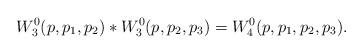
LaTeX: \begin{align*}W^0_3(p,p_1,p_2)\ast W^0_3(p,p_2,p_3)=W^0_4(p,p_1,p_2,p_3).\end{align*}